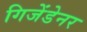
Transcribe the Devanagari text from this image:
गिजेंडेनर